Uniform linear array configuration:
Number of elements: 32
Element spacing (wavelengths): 0.25
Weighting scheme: exponential
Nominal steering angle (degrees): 15
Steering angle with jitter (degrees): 16.676
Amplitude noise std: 0.05
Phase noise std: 0.05

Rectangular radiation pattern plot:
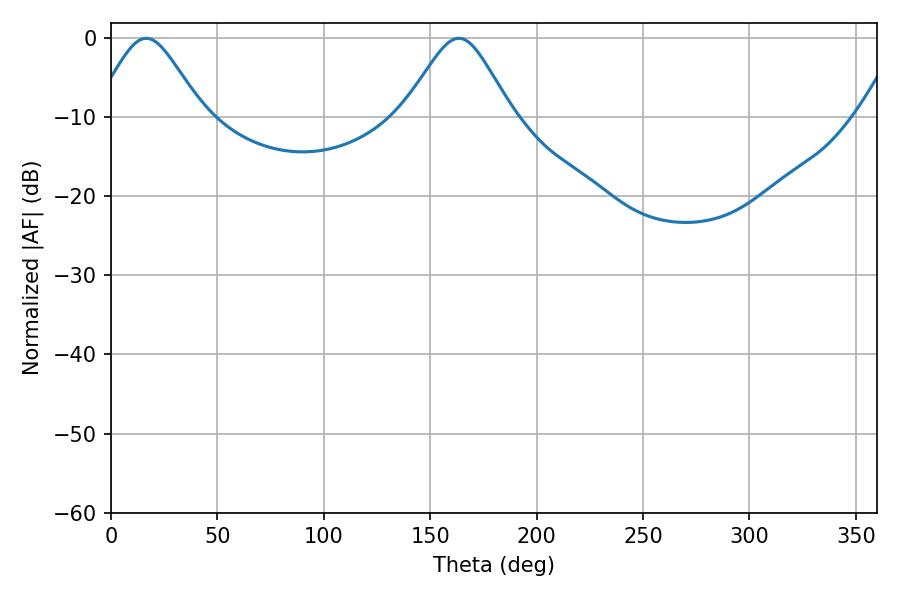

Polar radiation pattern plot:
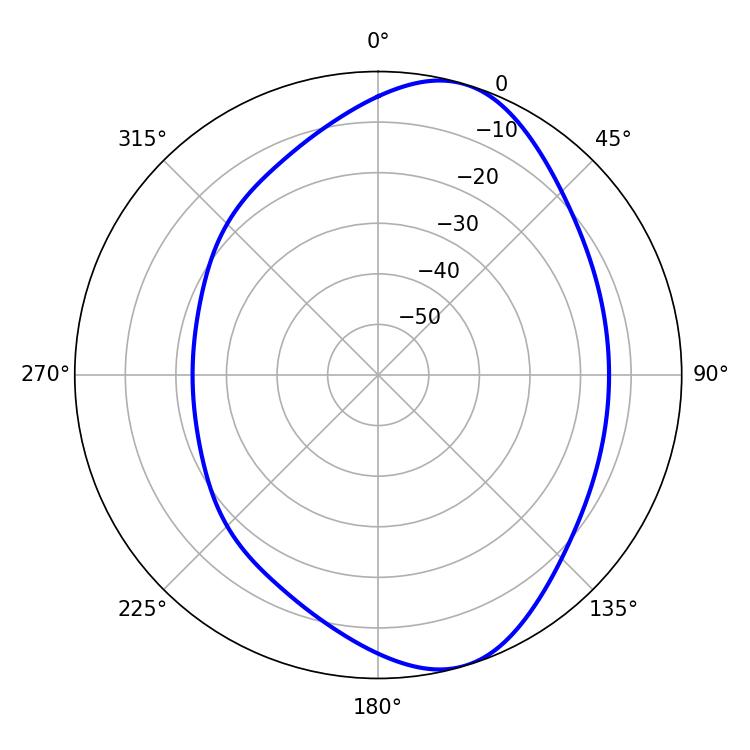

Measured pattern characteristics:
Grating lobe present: FALSE
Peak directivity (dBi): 7.811
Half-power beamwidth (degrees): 24.66
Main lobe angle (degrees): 16.56